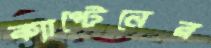
ক্যাপ্টেনের